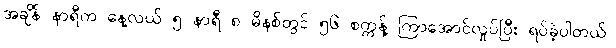
အချိန် နာရီက နေ့လယ် ၅ နာရီ ၈ မိနစ်တွင် ၅၆ စက္ကန့် ကြာအောင်လှုပ်ပြီး ရပ်ခဲ့ပါတယ်။